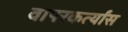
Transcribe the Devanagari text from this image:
वापरकर्त्यांस